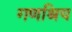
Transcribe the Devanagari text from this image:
गणश्रिय